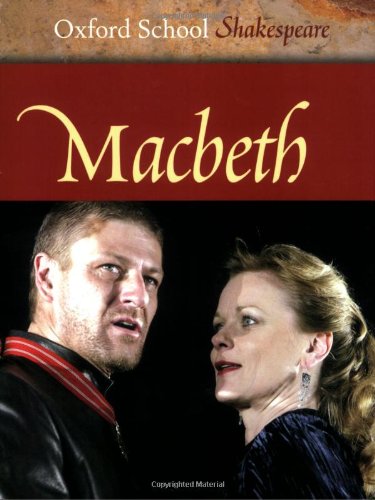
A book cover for Macbeth (Oxford School Shakespeare Series); William Shakespeare; Literature & Fiction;